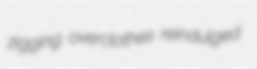
zigging overclothes reindulged